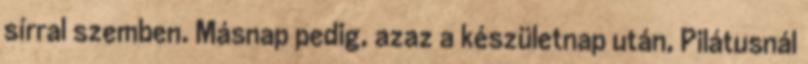
sírral szemben. Másnap pedig, azaz a készületnap után, Pilátusnál